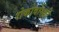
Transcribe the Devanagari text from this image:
रोकोवोस्की